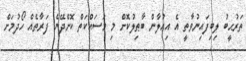
ތަރުޙީބު ލިބިފައިނުވާތީ އެ އިޢުލާން ބާޠިލުކޮށް މި މަސައްކަތް ކޮށްދޭނެ ފަރާތެއް ހޯދުމަށް